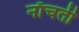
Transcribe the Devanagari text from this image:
नाँचती